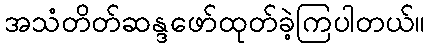
အသံတိတ်ဆန္ဒဖော်ထုတ်ခဲ့ကြပါတယ်။